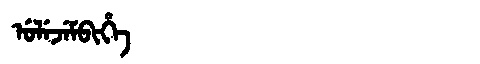
Manchu: ᡠᠯᡝᠵᡝᠮᠪᡳᡥᡝ
Romanization: ULEJEMBIHE